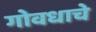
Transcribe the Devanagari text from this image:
गोवधाचे